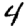
Digit: 4